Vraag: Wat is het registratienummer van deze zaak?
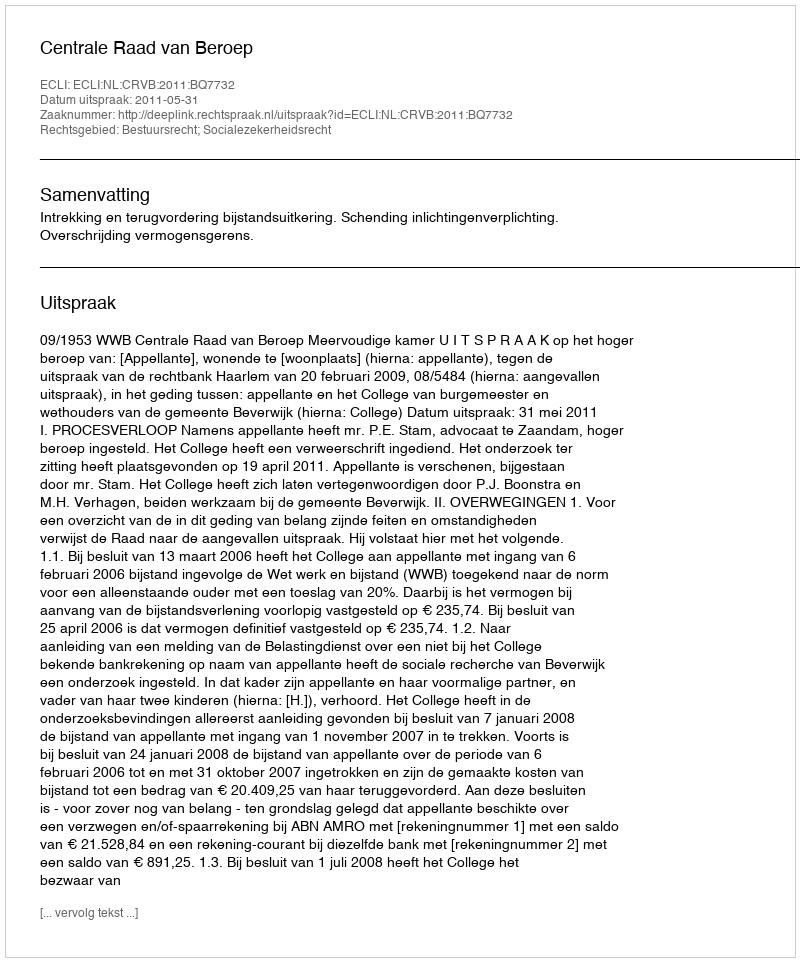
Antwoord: http://deeplink.rechtspraak.nl/uitspraak?id=ECLI:NL:CRVB:2011:BQ7732